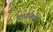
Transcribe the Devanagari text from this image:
पायासमान